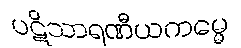
ပဋိသာရဏီယကမ္မေ